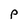
Character: P